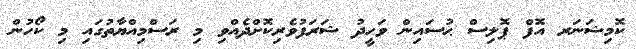
ކޮމިޝަނަރ އޮފް ޕޮލިސް ޙުސައިން ވަހީދު ޝަރަފުވެރިކޮށްދެއްވި މި ރަސްމިއްޔާތުގައި މި ކޯހުން